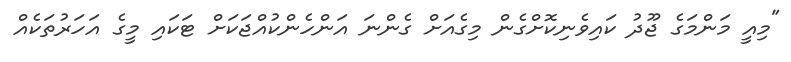
"މިއީ މަންމަގެ ޖޫދު ކައިވެނިކޮށްގެން މިގެއަށް ގެންނަ އަންހެންކުއްޖަކަށް ޓަކައި މީގެ އަހަރުތަކެއް